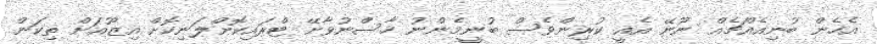
އެހެން ބުނިއެއްޗެއް ނޫނޭ އެއީ ކުރިންވެސް ބުނީމެންނު ހާސްނުވާށޭ ޓްރައިކޮށްލަނިކޮށް އިޒޫއަށް ތިކަން